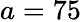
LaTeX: a=75